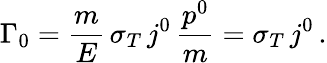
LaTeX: \Gamma_{0}=\frac{m}{E}\, \sigma_{T}\, j^{0}\, \frac{p^{0}}{m}=\sigma_{T}\, j^{0}\, .